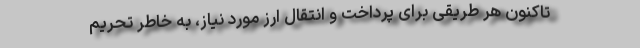
تاکنون هر طریقی برای پرداخت و انتقال ارز مورد نیاز، به خاطر تحریم